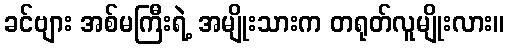
ခင်ဗျား အစ်မကြီးရဲ့ အမျိုးသားက တရုတ်လူမျိုးလား။